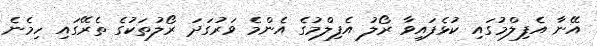
އޭނާ އެފިލްމުގައި ކުޅެފައިވާ ރޯލު އެފިލްމުގެ އެންމެ ވަރުގަދަ ރޯލުތަކުގެ ތެރޭގައި ހިމެނެ